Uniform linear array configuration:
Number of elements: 32
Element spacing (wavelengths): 0.25
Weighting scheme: binomial
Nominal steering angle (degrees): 30
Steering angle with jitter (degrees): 31.989
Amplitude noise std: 0.05
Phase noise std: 0.05

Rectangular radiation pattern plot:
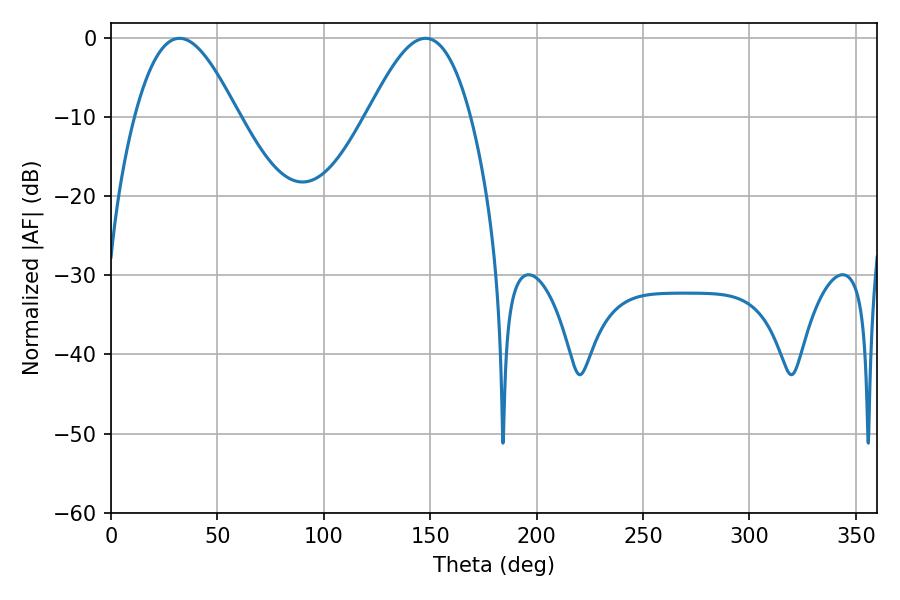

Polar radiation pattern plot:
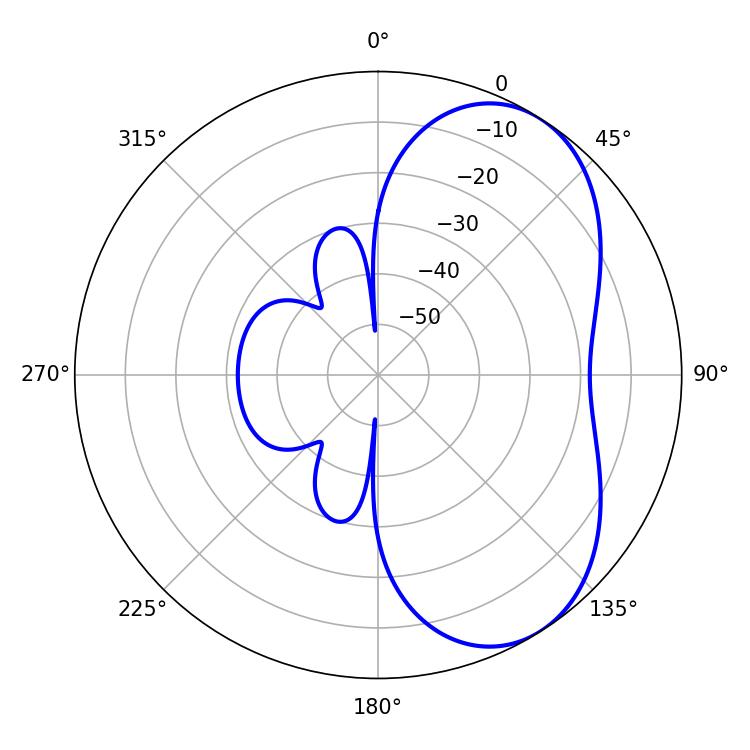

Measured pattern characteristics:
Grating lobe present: FALSE
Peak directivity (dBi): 5.481
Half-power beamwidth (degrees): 26.1
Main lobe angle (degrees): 32.22